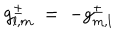
g _ { l , m } ^ { \pm } \; = \; - g _ { m , l } ^ { \pm }